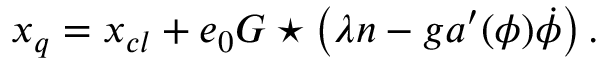
x \sb { q } = x \sb { c l } + e \sb { 0 } { \cal G } \star \left( \lambda n - g a \sp { \prime } ( \phi ) \dot { \phi } \right) .